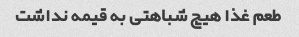
طعم غذا هیچ شباهتی به قیمه نداشت